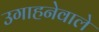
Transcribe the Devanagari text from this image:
उगाहनेवाले